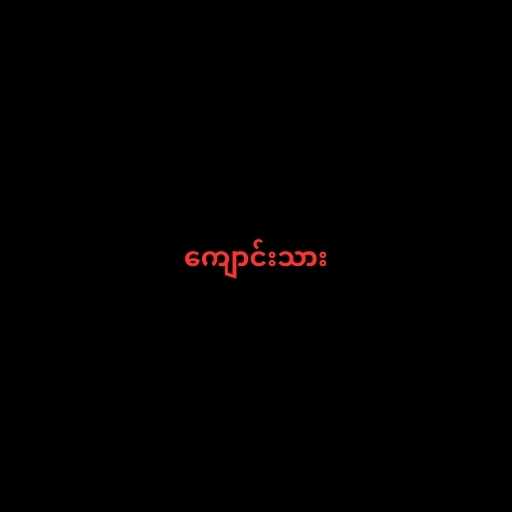
ကျောင်းသား